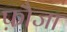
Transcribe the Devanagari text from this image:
फ़ौजा